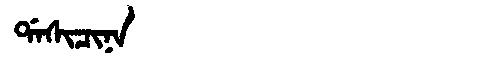
Manchu: ᡩᠠᠰᡳᠴᡳᠨᠠ
Romanization: DASICINA